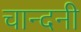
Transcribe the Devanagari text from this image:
चान्दनी